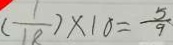
( \frac { 1 } { 1 8 } ) \times 1 0 = \frac { 5 } { 9 }